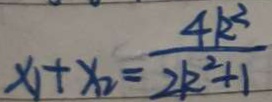
x _ { 1 } + x _ { 2 } = \frac { 4 k ^ { 2 } } { 2 k ^ { 2 } + 1 }